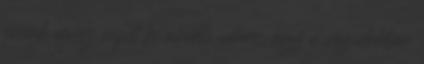
annak egész népét ki akarta irtani, úgy a végidőkben